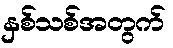
နှစ်သစ်အတွက်